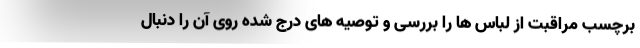
برچسب مراقبت از لباس ها را بررسی و توصیه های درج شده روی آن را دنبال